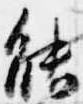
能